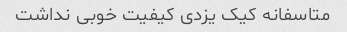
متاسفانه کیک یزدی کیفیت خوبی نداشت